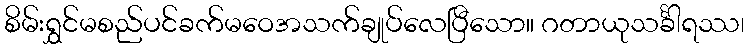
စိမ်းရွှင်မစည်ပင်ခက်မဝေအသက်ချုပ်လေပြီသော။ ဂတာယုသင်္ခါရဿ၊